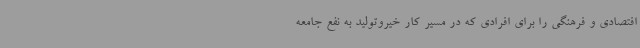
افتصادی و فرهنگی را برای افرادی که در مسیر کار خیروتولید به نفع جامعه